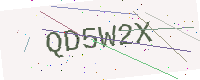
Text: QD5W2X